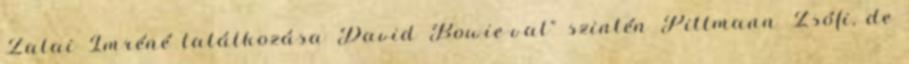
Zalai Imréné találkozása David Bowie-val" szintén Pittmann Zsófi, de